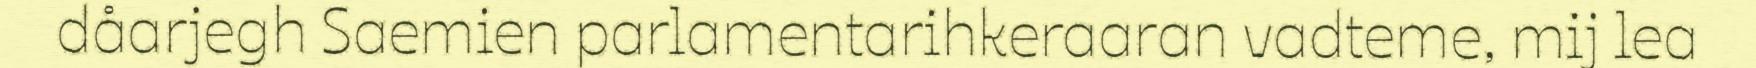
dåarjegh Saemien parlamentarihkeraaran vadteme, mij lea